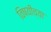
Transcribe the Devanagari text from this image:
विषयींच्या